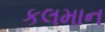
કલમાન